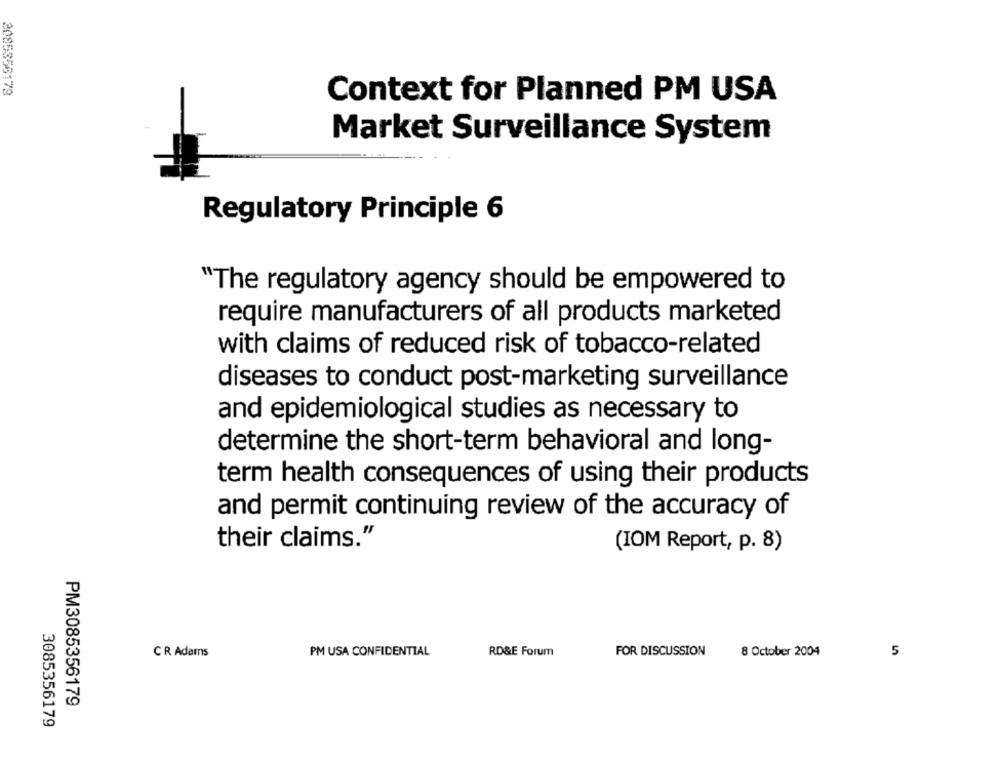
3085356179
Context for Planned PM USA
Market Surveillance System
Regulatory Principle 6
"The regulatory agency should be empowered to
require manufacturers of all products marketed
with claims of reduced risk of tobacco-related
diseases to conduct post-marketing surveillance
and epidemiological studies as necessary to
determine the short-term behavioral and long-
term health consequences of using their products
and permit continuing review of the accuracy of
their claims."
(IOM Report, p. 8)
CR Adams
PM USA CONFIDENTIAL
RD&E Forum
FOR DISCUSSION
8 October 2004
5
PM3085356179
3085356179